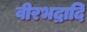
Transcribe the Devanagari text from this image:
वीरभद्रादि